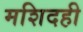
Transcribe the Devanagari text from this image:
मशिदही